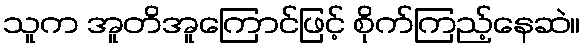
သူက အူတိအူကြောင်ဖြင့် စိုက်ကြည့်နေဆဲ။